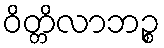
ဝိတ္တိလာဘဉ္စ